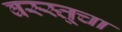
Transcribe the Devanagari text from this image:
वस्स्तूचा